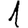
Digit: 1